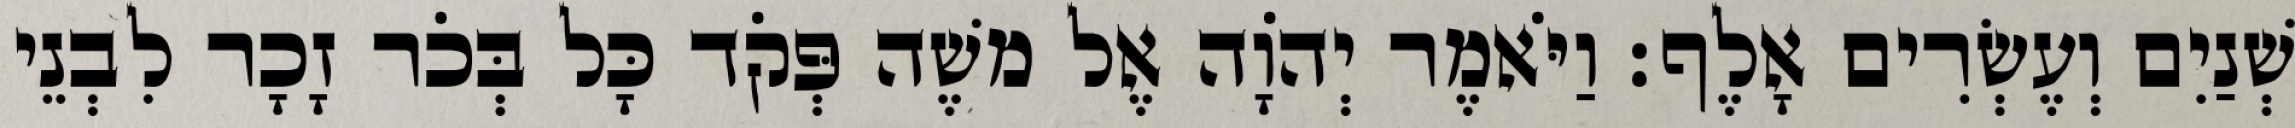
שְׁנַיִם וְעֶשְׂרִים אָלֶף׃ וַיֹּאמֶר יְהֹוָה אֶל משֶׁה פְּקֹד כָּל בְּכֹר זָכָר לִבְנֵי